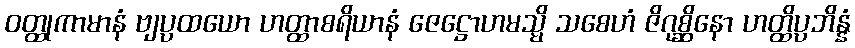
ဝတ္ထုကာမာနံ ဗျပ္ပထယော ဟတ္ထာစရိယာနံ ဇေဋ္ဌောဟမသ္မိ သစေဟံ ဇိဂုစ္ဆိနော ဟတ္ထိပ္ပဘိန္နံ